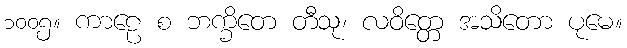
၁၀၀၅။ ကာဠေ စ ဘက္ခိတေ တီသု၊ လဝိတ္တေ အသိတော ပုမေ။